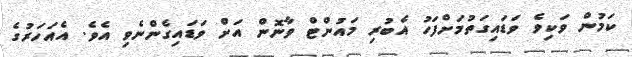
ކަމުން ވަކިވެ ވަޑައިގަތުމަށްފަހު އެބުރި މައުންޓް ވާނޮން އަށް ވަޑައިގެންނެވި އެވެ. އެއަހަރުގެ